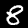
Label: 8